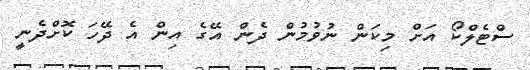
ސްޓެލްކޯ އަށް މިކަން ނުވުމުން ދެން އޭގެ އިން އެ ދޭހަ ކޮށްދެނީ